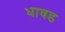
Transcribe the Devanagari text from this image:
धावड